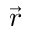
\vec { r }